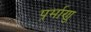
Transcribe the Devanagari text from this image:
पर्र्माणु